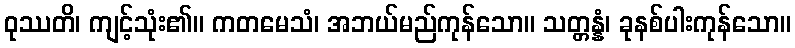
ဝုဿတိ၊ ကျင့်သုံး၏။ ကတမေသံ၊ အဘယ်မည်ကုန်သော။ သတ္တန္နံ၊ ခုနစ်ပါးကုန်သော။